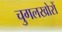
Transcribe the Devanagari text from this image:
चुगलखोरों